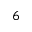
6